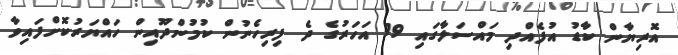
އޮރިޔާން ކާޑު އުފެއްދި މައްސަލާގައި 19 އަހަރުގެ ދެ ފިރިހެނުން ކުމުންދޫއިން ހައްޔަރުކޮށްފައިވާ